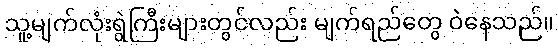
သူ့မျက်လုံးရွဲကြီးများတွင်လည်း မျက်ရည်တွေ ဝဲနေသည်။